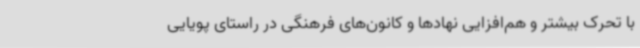
با تحرک بیشتر و هم‌افزایی نهادها و کانون‌های فرهنگی در راستای پویایی